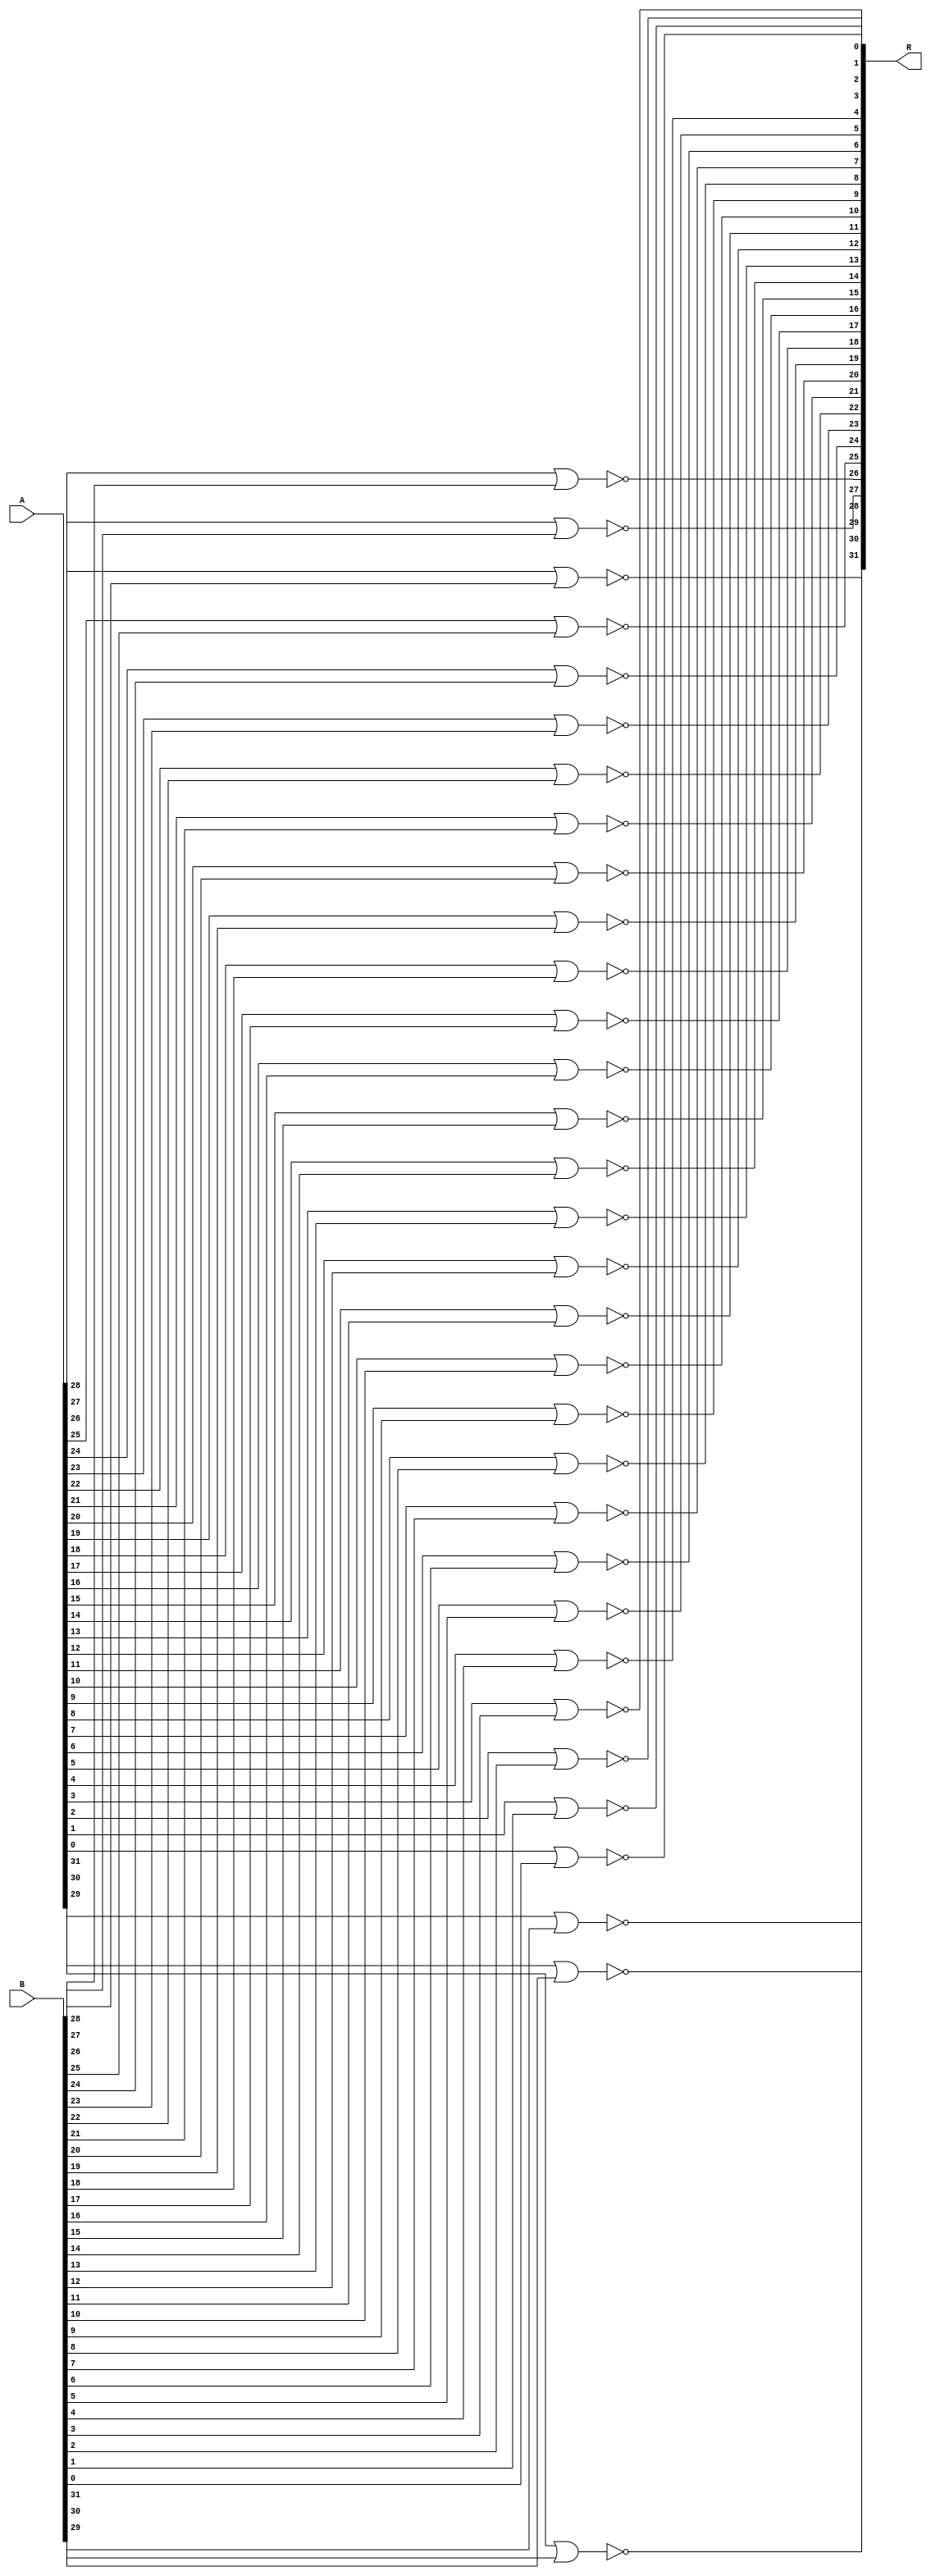
module _32_bit_nor
(
	input [31:0] A,
	input [31:0] B,
	output [31:0] R);
	
	nor g0(R[31], A[31], B[31]);
	nor g1(R[30], A[30], B[30]);
	nor g2(R[29], A[29], B[29]);
	nor g3(R[28], A[28], B[28]);
	nor g4(R[27], A[27], B[27]);
	nor g5(R[26], A[26], B[26]);
	nor g6(R[25], A[25], B[25]);
	nor g7(R[24], A[24], B[24]);
	nor g8(R[23], A[23], B[23]);
	nor g9(R[22], A[22], B[22]);
	nor g10(R[21], A[21], B[21]);
	nor g11(R[20], A[20], B[20]);
	nor g12(R[19], A[19], B[19]);
	nor g13(R[18], A[18], B[18]);
	nor g14(R[17], A[17], B[17]);
	nor g15(R[16], A[16], B[16]);
	nor g16(R[15], A[15], B[15]);
	nor g17(R[14], A[14], B[14]);
	nor g18(R[13], A[13], B[13]);
	nor g19(R[12], A[12], B[12]);
	nor g20(R[11], A[11], B[11]);
	nor g21(R[10], A[10], B[10]);
	nor g22(R[9], A[9], B[9]);
	nor g23(R[8], A[8], B[8]);
	nor g24(R[7], A[7], B[7]);
	nor g25(R[6], A[6], B[6]);
	nor g26(R[5], A[5], B[5]);
	nor g27(R[4], A[4], B[4]);
	nor g28(R[3], A[3], B[3]);
	nor g29(R[2], A[2], B[2]);
	nor g30(R[1], A[1], B[1]);
	nor g31(R[0], A[0], B[0]);
	
	
		
endmodule